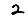
Digit: 2